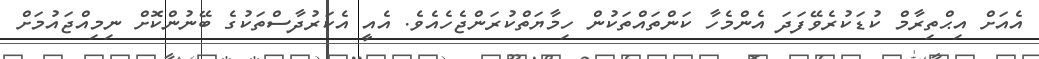
އެއަށް އިޙްތިރާމް ކުޑަކުރެވޭފަދަ އެންމެހާ ކަންތައްތަކުން ހިމާޔަތްކުރަންޖެހެއެވެ. އެއީ އެކަރުދާސްތަކުގެ ބޭނުންކޮށް ނިމިއްޖައުމަށް